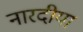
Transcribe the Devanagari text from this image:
नारदीया